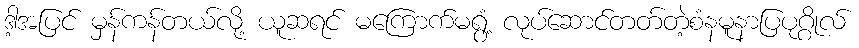
ဒါ့အပြင် မှန်ကန်တယ်လို့ ယူဆရင် မကြောက်မရွံ့ လုပ်ဆောင်တတ်တဲ့စံနမူနာပြပုဂ္ဂိုလ်